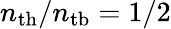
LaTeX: n_{\mathrm{th}}/n_{\mathrm{tb}}=1/2